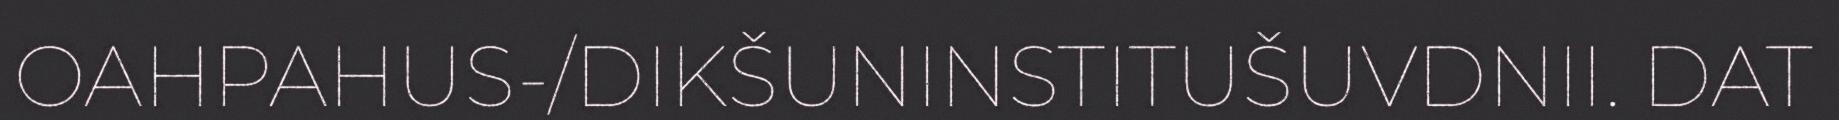
OAHPAHUS-/DIKŠUNINSTITUŠUVDNII. DAT